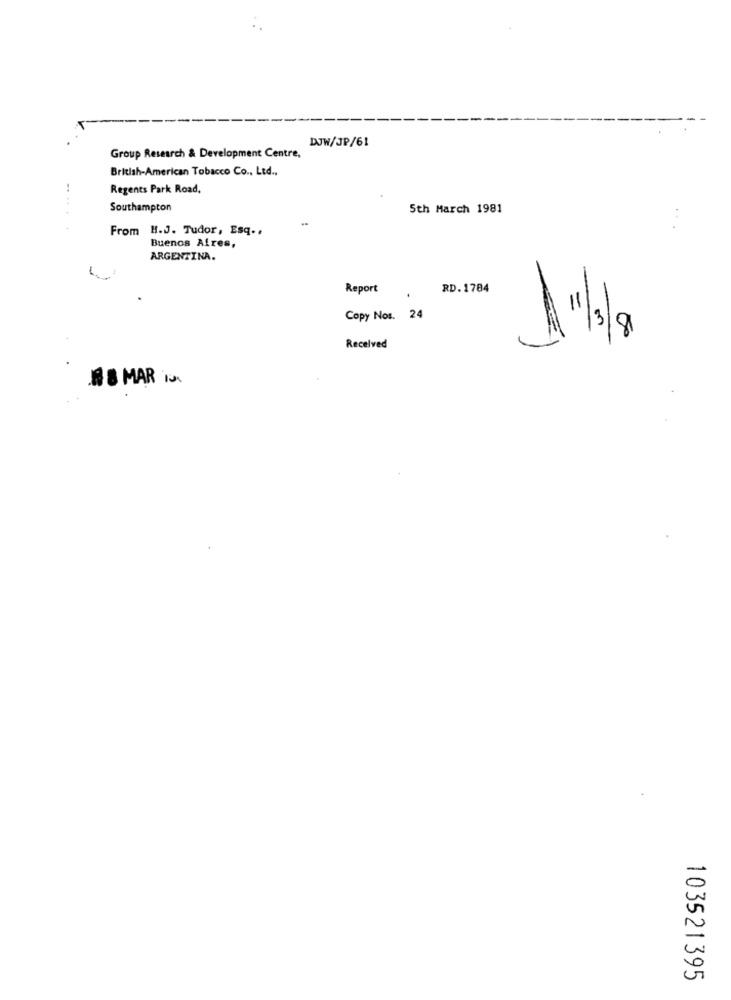
DJW/JP/61
Group Research & Development Centre,
British-American Tobacco Co ., Ltd .,
Regents Park Road,
Southampton
5th March 1981
.....
From H.J. Tudor, Esq ..
...
Buenos Aires,
ARGENTINA.
Report
RD. 1784
11
Copy Nos. 24
3
8
Received
88 MAR in.
103521395